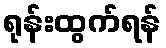
ရုန်းထွက်ရန်